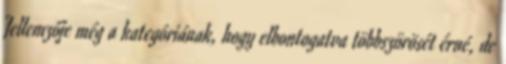
Jellemzője még a kategóriának, hogy elbontogatva többszörösét érné, de